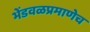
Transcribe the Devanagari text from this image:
भेंडवळप्रमाणेच